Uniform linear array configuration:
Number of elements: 48
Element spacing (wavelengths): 1
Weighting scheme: binomial
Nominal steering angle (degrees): -15
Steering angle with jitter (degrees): -13.932
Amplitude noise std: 0.05
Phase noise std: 0.05

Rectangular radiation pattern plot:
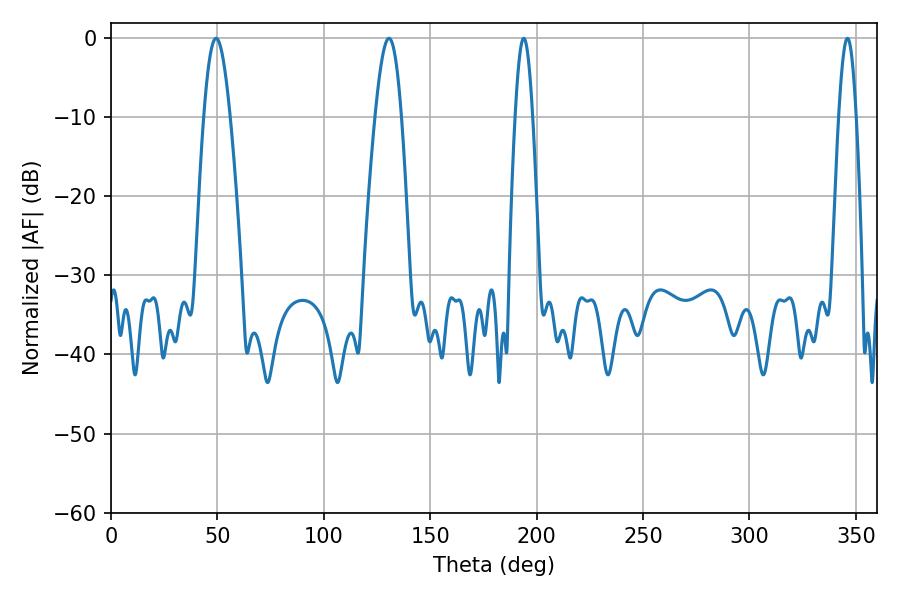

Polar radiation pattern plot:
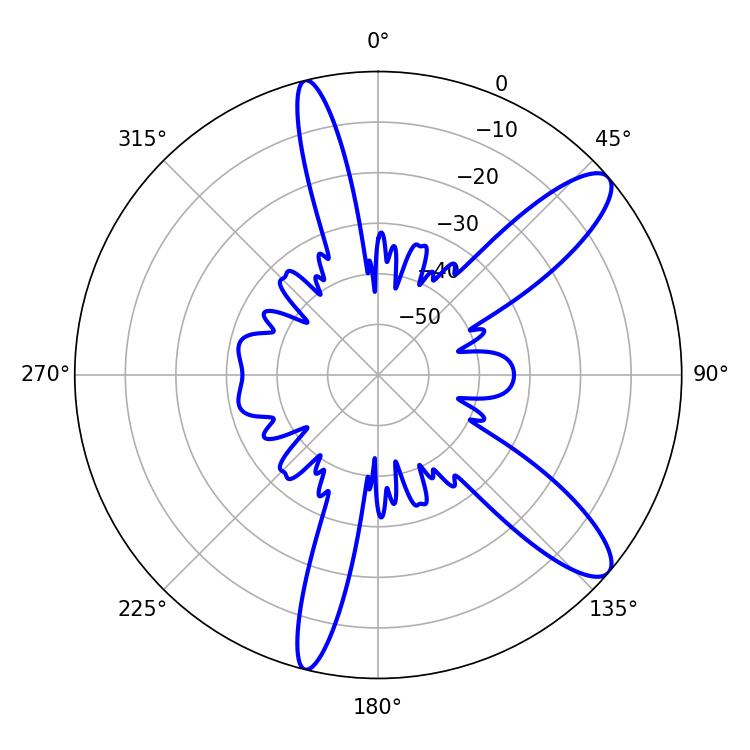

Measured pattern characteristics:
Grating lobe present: TRUE
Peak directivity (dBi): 11.186
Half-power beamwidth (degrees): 6.48
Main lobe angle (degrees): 49.32